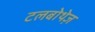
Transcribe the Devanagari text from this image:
टलबोथेज़